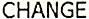
CHANGE